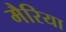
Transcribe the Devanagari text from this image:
मैरिया